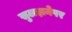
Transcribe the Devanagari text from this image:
सुलझनेपर